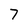
Character: 7